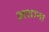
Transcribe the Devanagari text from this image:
अशाना